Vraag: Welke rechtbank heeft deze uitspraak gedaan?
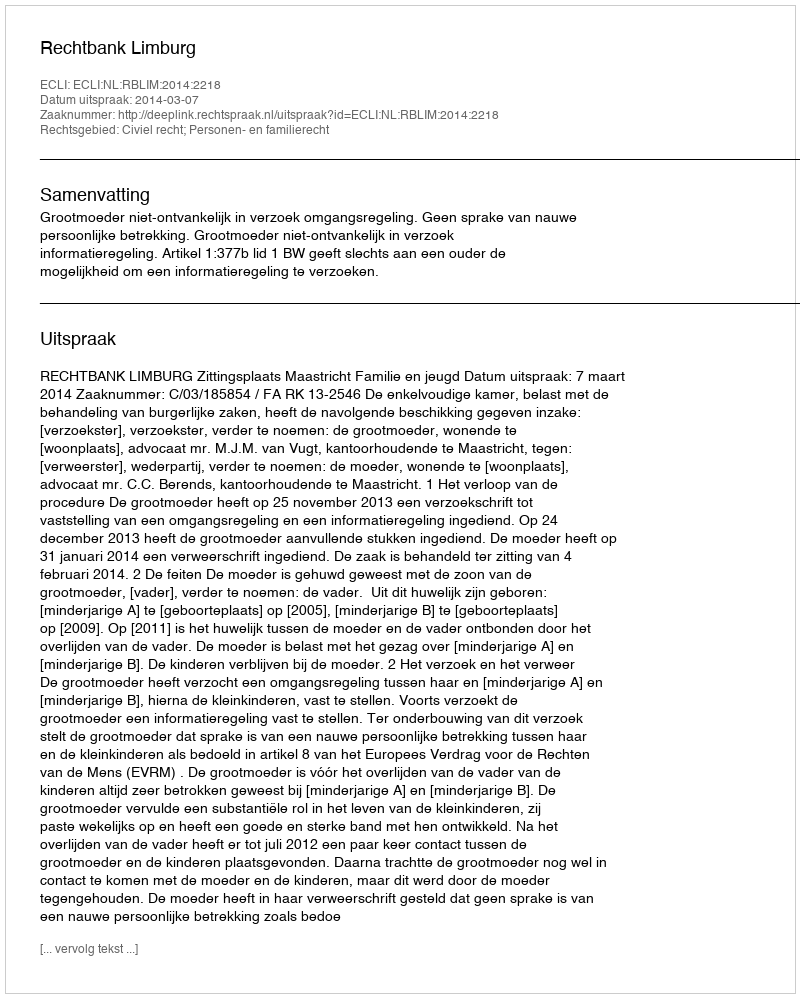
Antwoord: Rechtbank Limburg